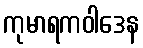
ကုမာရကဝါဒေန